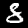
Label: 8